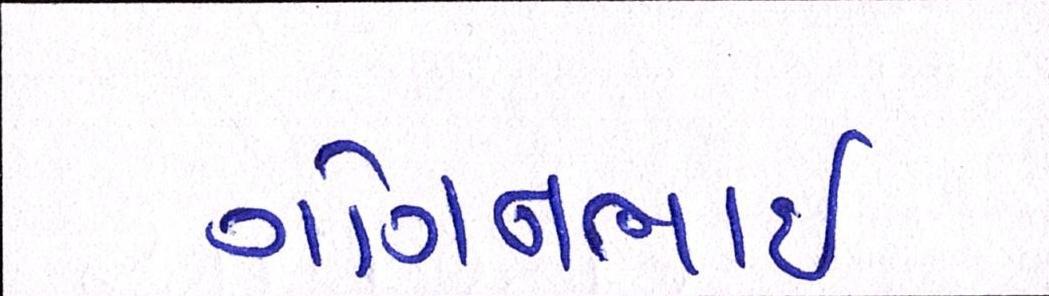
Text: ગોગનભાઇ